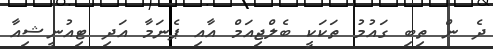
ދެ ން ތިބި ގައުމު ތަކަކީ ބެލްޖިއަމް އާއި ޕެނަމާ އަދި ޓިއުނީޝިއާ